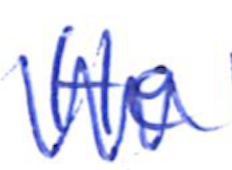
Text: He
Cross-out: zig-zag
Writing tool: ballpoint